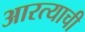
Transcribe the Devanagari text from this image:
आरत्याची